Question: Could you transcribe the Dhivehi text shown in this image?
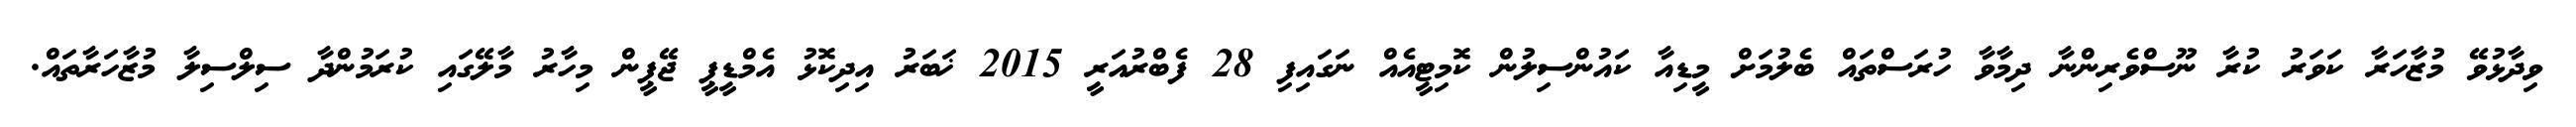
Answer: ވިދާޅުވޭ މުޒާހަރާ ކަވަރު ކުރާ ނޫސްވެރިންނާ ދިމާވާ ހުރަސްތައް ބެލުމަށް މީޑިއާ ކައުންސިލުން ކޮމިޓީއެއް ނަގައިފި 28 ފެބްރުއަރީ 2015 ޚަބަރު އިދިކޮޅު އެމްޑީޕީ ޖޭޕީން މިހާރު މާލޭގައި ކުރަމުންދާ ސިލްސިލާ މުޒާހަރާތައް.